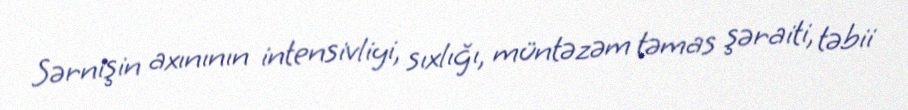
Sərnişin axınının intensivliyi, sıxlığı, müntəzəm təmas şəraiti, təbii